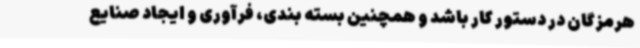
هرمزگان در دستور کار باشد و همچنین بسته بندی، فرآوری و ایجاد صنایع